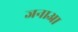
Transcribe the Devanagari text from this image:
जनाआ